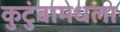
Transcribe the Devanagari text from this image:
कुटुंबामधला